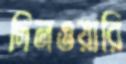
দিনওয়ারি